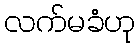
လက်မခံဟု